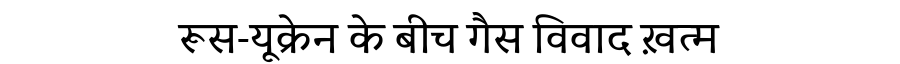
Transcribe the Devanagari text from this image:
रूस-यूक्रेन के बीच गैस विवाद ख़त्म